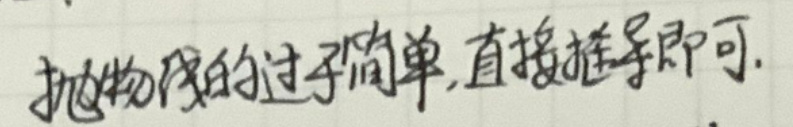
抛物线的过程简单，直接推导即可。